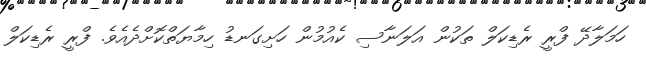
ހަމަލާދޭ ފްރީ ރެޑިކަލް ތަކުން އަލަނާސި ކެއުމުން ހަށިގަނޑު ހިމާޔަތްކޮށްދެއެވެ. ފްރީ ރެޑިކަލް